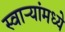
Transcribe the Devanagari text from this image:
स्वाऱ्यांमध्ये